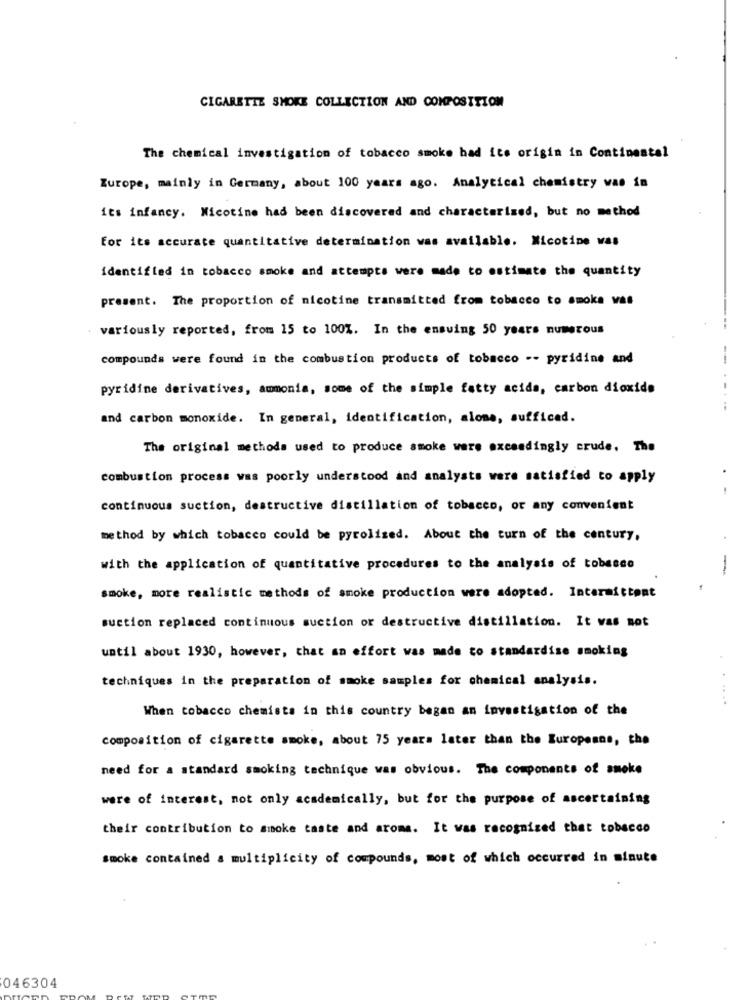
CIGARETTE SMOKE COLLECTION AND COMPOSITION
The chemical investigation of tobacco smoke had its origin in Continental
Zurope, mainly in Germany, about 100 years ago. Analytical chemistry was in
its infancy. Nicotine had been discovered and characterized, but no method
for its accurate quantitative determination was available. Nicotine was
identified in tobacco smoke and attempts were made to estimate the quantity
present. The proportion of nicotine transmitted from tobacco to smoke was
variously reported, from 15 to 100%. In the ensuing 50 years numerous
compounds were found in the combustion products of tobacco -- pyridine and
pyridine derivatives, ammonia, some of the simple fatty acids, carbon dioxide
and carbon monoxide. In general, identification, alone, sufficed.
The original methods used to produce smoke were exceedingly crude. The
combustion process was poorly understood and analysts were satisfied to apply
.
continuous suction, destructive distillation of tobacco, or any convenient
method by which tobacco could be pyrolized. About the turn of the century,
with the application of quantitative procedures to the analysis of tobacco
-
smoke, more realistic methods of smoke production were adopted. Intermittent
suction replaced continuous suction or destructive distillation. It was not
until about 1930, however, that an effort was made to standardise smoking
techniques in the preparation of smoke samples for chemical analysis.
......
When tobacco chemists in this country began an investigation of the
composition of cigarette smoke, about 75 years later than the Europeans, the
need for a standard smoking technique was obvious. The components of smoke
were of interest, not only academically, but for the purpose of ascertaining
their contribution to smoke taste and aroma. It was recognized that tobacco
smoke contained a multiplicity of compounds, most of which occurred in minute
046304